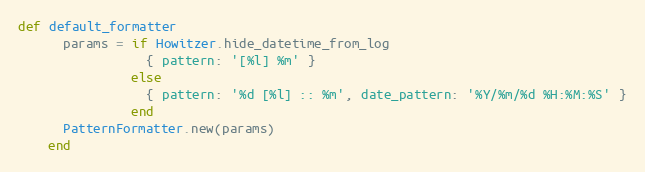
Language: Ruby
def default_formatter
      params = if Howitzer.hide_datetime_from_log
                 { pattern: '[%l] %m' }
               else
                 { pattern: '%d [%l] :: %m', date_pattern: '%Y/%m/%d %H:%M:%S' }
               end
      PatternFormatter.new(params)
    end